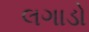
લગાડો